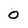
Character: 0